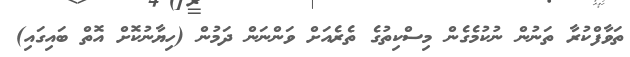
ތަވާފްކުރާ ތަނުން ނުކުމެގެން މިސްކިތުގެ ތެރެއަށް ވަންނަން ދަމުން (ހިޔާނުކޮށް އޮތް ބައިގައި)